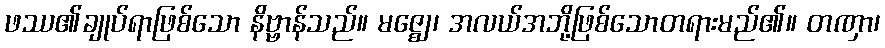
ဖဿ၏ချုပ်ရာဖြစ်သော နိဗ္ဗာန်သည်။ မဇ္ဈေ၊ အလယ်အဘို့ဖြစ်သောတရားမည်၏။ တဏှာ၊